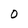
Character: O